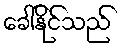
ခေါ်နိုင်သည်